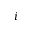
i